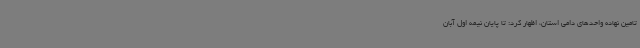
تامین نهاده‌ واحدهای دامی استان، اظهار کرد: تا پایان نیمه اول آبان